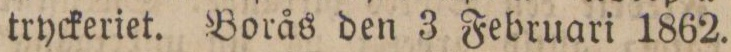
tryckeriet. Borås den 3 Februari 1862.